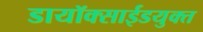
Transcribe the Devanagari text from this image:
डायॉक्साईडयुक्त